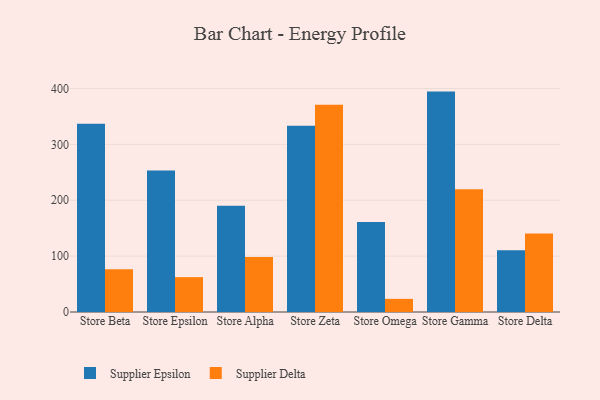
{"axis": {"x": "Store", "y": "LTV (USD)"}, "legend": ["Supplier Delta", "Supplier Epsilon"], "data": [{"x": "Store Beta", "y": 336.7, "type": "Supplier Epsilon"}, {"x": "Store Beta", "y": 76.4, "type": "Supplier Delta"}, {"x": "Store Epsilon", "y": 253.2, "type": "Supplier Epsilon"}, {"x": "Store Epsilon", "y": 62.4, "type": "Supplier Delta"}, {"x": "Store Alpha", "y": 190.1, "type": "Supplier Epsilon"}, {"x": "Store Alpha", "y": 98.5, "type": "Supplier Delta"}, {"x": "Store Zeta", "y": 333.1, "type": "Supplier Epsilon"}, {"x": "Store Zeta", "y": 371.0, "type": "Supplier Delta"}, {"x": "Store Omega", "y": 161.0, "type": "Supplier Epsilon"}, {"x": "Store Omega", "y": 23.5, "type": "Supplier Delta"}, {"x": "Store Gamma", "y": 394.4, "type": "Supplier Epsilon"}, {"x": "Store Gamma", "y": 219.6, "type": "Supplier Delta"}, {"x": "Store Delta", "y": 110.3, "type": "Supplier Epsilon"}, {"x": "Store Delta", "y": 140.3, "type": "Supplier Delta"}]}